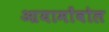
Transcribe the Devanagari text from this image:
आयामोंवोल